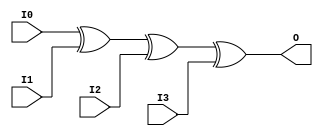
//    Xilinx Proprietary Primitive Cell X_XOR4 for Verilog
//
// $Header: /devl/xcs/repo/env/Databases/CAEInterfaces/verplex_libs/data/simprims/X_XOR4.v,v 1.3.198.3 2004/09/28 20:47:46 wloo Exp $
//

`celldefine
`timescale 1 ps/1 ps

module X_XOR4 (O, I0, I1, I2, I3);

  output O;
  input I0, I1, I2, I3;

  xor (O, I0, I1, I2, I3);

endmodule